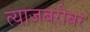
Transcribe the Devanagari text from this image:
त्याजबरोबर